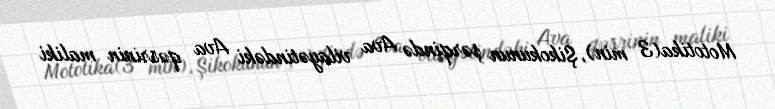
Mototika(3 min), Şikokunun şərqində Ava vilayətindəki Ava qəsrinin maliki